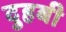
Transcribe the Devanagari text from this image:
दुहबी